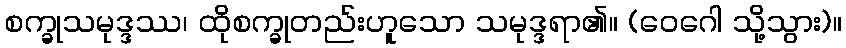
စက္ခုသမုဒ္ဒဿ၊ ထိုစက္ခုတည်းဟူသော သမုဒ္ဒရာ၏။ (ဝေဂေါ သို့သွား)။